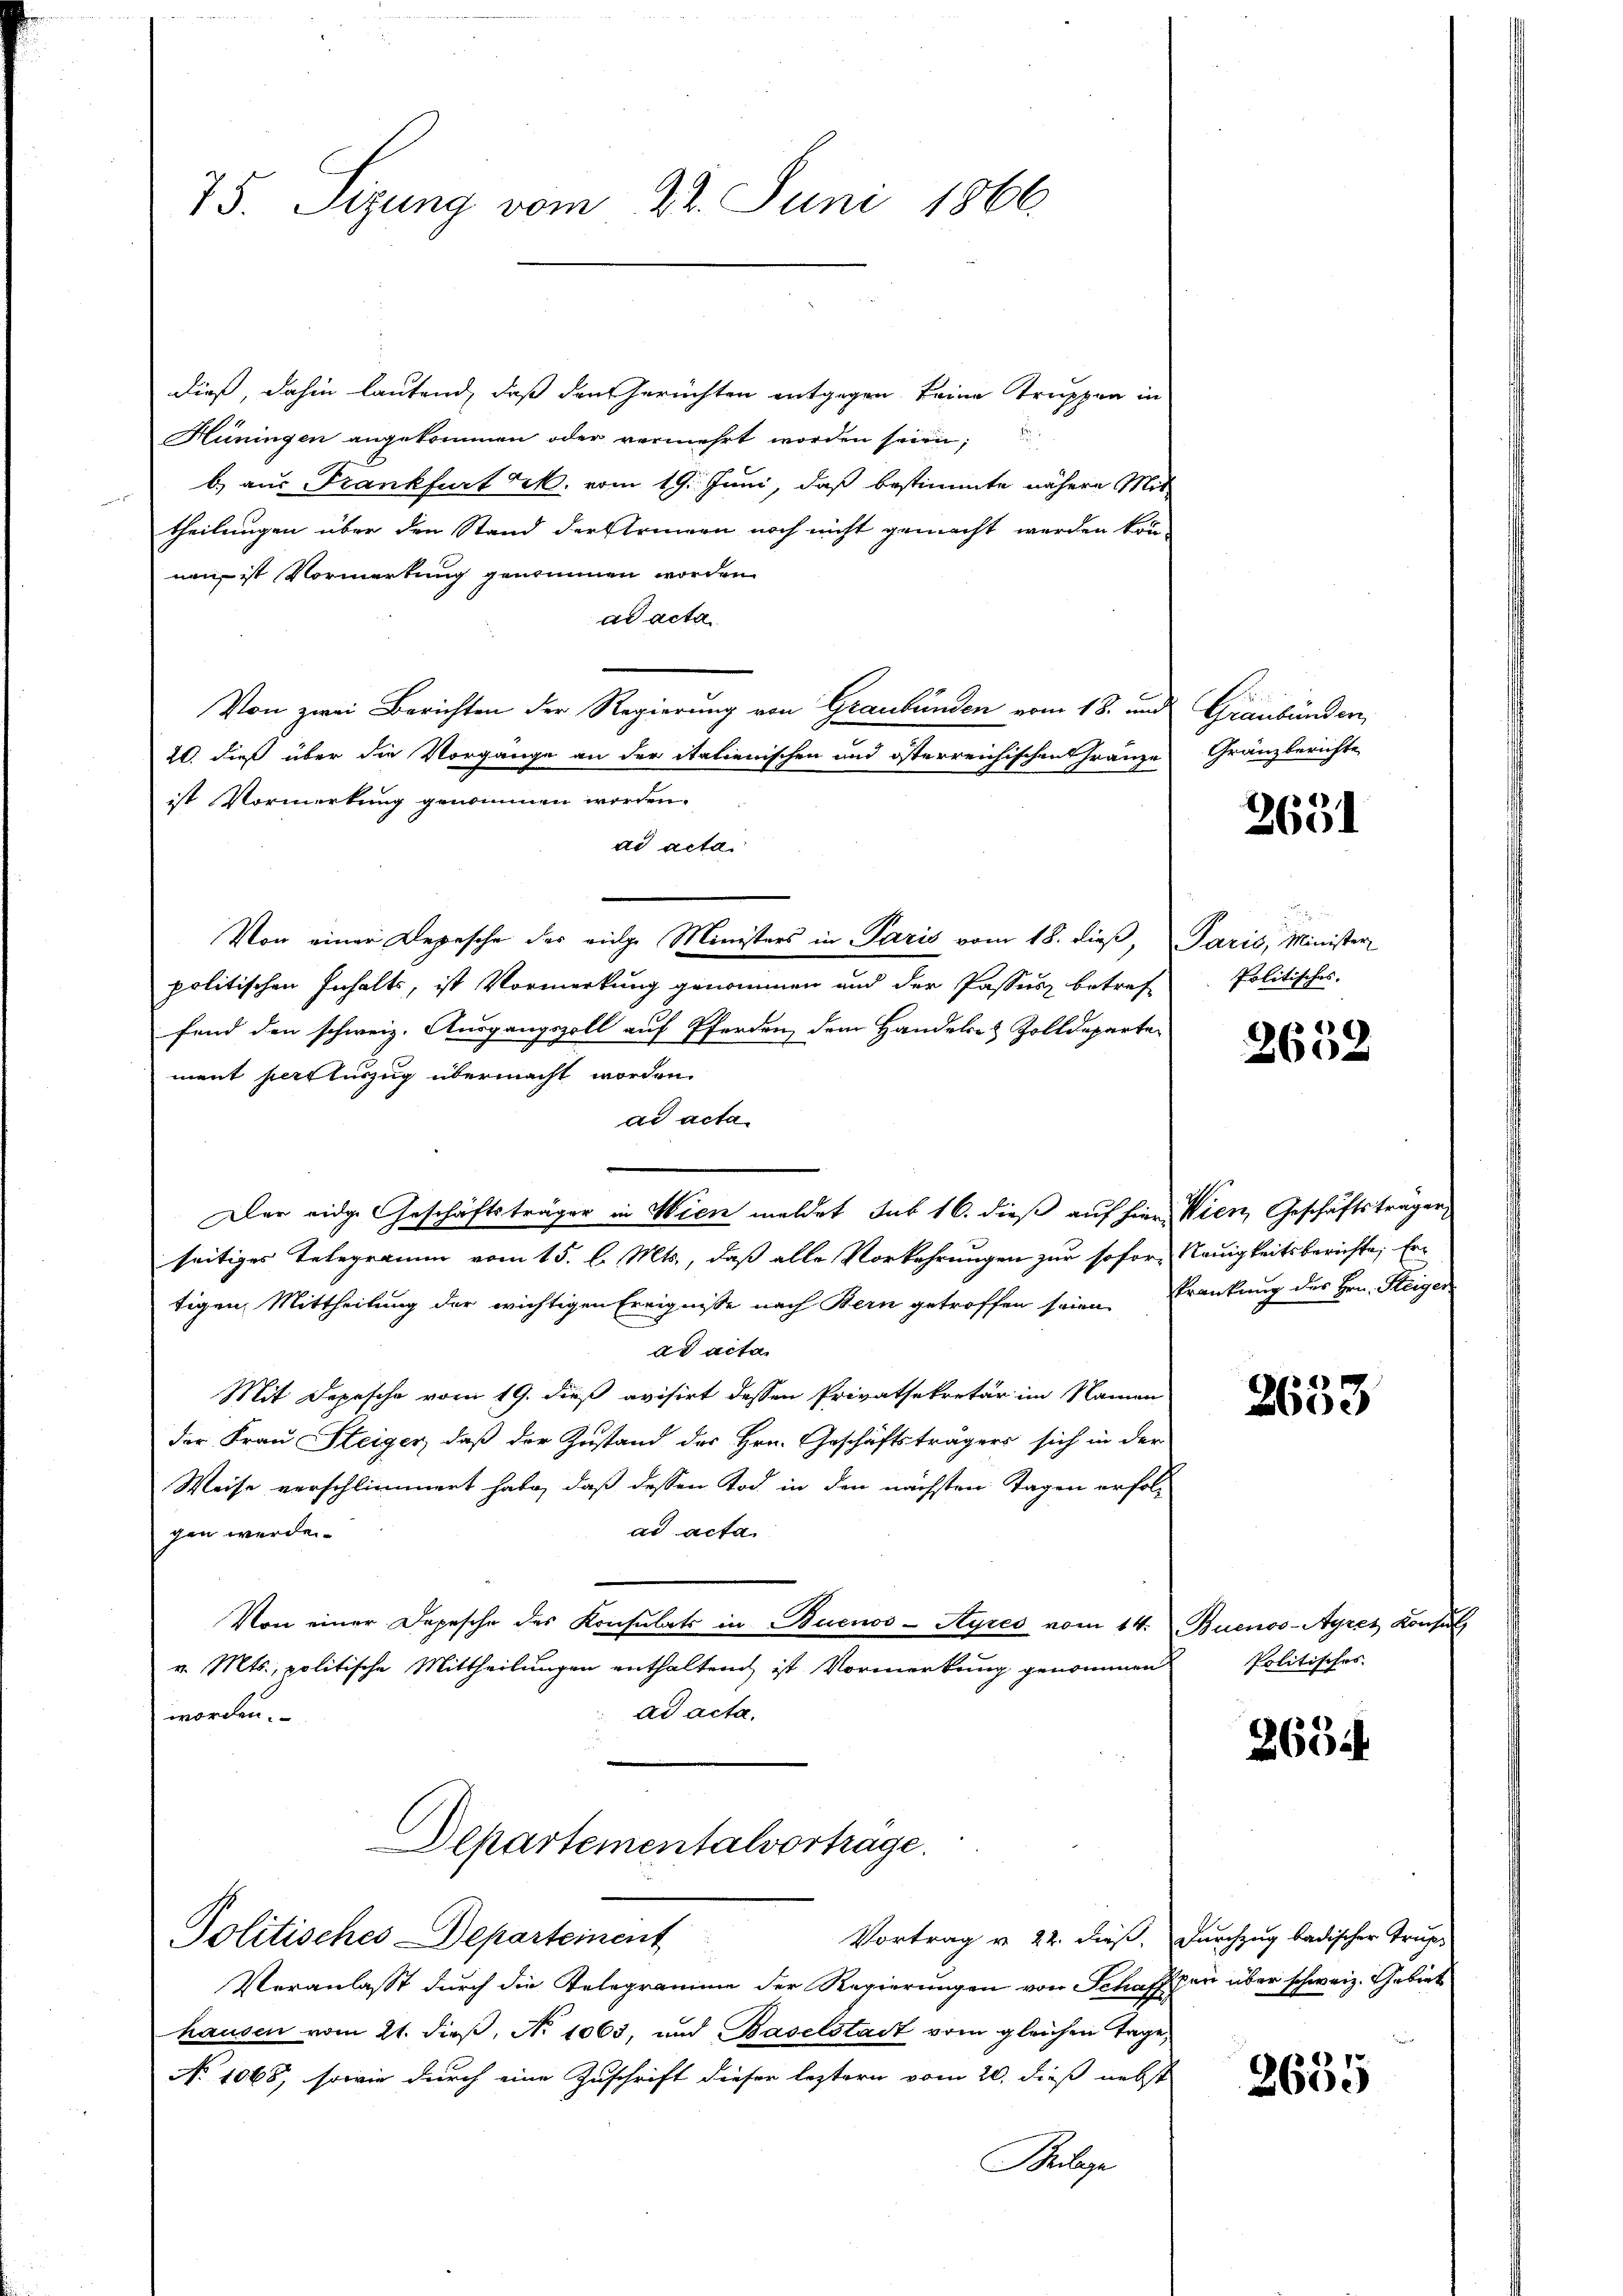
75. Sizung vom 22. Juni 1866

dieß, dahin lautend, daß den Gerichten entgegen keine Truppen in
Hüningen angekommen oder vermehrt worden seien;
b.) aus Frankfurt M. vom 19. Juni, daß bestimmte nähere Mit
theilungen über den Stand der Strinen noch nicht gemacht werden könn
nen ist Vormerkung genommen worden.
ad acta
Von zwei Berichten der Regierung von Graubünden vom 18. und Graubünden,
20. dieß über die Vorgange an der italienischen und österreichischen Gränze Gränzberichte
ist Vormerkung genommen worden.
ad acta.
Von einer Depesche der eige Ministers in Paris vom 18. dieß, Paris, Minister
politischen Inhalts, ist Vormerkung genommen und der Passus betref-
fend den schweiz. Ausgangszoll auf Pferden, dem Handels- & Zolldeparte
ment persturzug übermacht worden.
ad acta
Der eidge Geschäftsträger in Wien meldet sub 16. dieß auf hier Wien, Geschäftsträger,
seitiges Telegramm vom 15. l. Mts., daß alle Vorkehrungen zur sofort Neuigkeitsberichte, Ertigen Mittheilung der wichtigen Ereignisse nach Bern getroffen seien. Frankung des Hrn. Steiger
ad acta.
Mit Depesche vom 19. dieß avisirt dessen Privatsekretär im Namen
der Frau Steiger, daß der Zustand des Hrn. Geschäftsträgers sich in der
Weise verschlimmert habe, daß dessen Tod in den nächsten Tagen erfolad acta.
gen werde
Von einer Depesche des Konsulats in Buenos-Ayres vom 14. Buenos-Ayres Konse
v. Mts., politische Mittheilungen enthaltend ist Vormerkŭng genommen Politisches
ad acta.
worden.

Departementalvortrage.
Politisches Departement

Vortrag v. 22. dieß. Durchzug badischer Trup-
Veranlasst durch die Relegramme der Regierungen von Schafften über schweiz. Gebiet
hausen vom 21. dieß, No 1063, und Baselstadt vom gleichen Tage,
No 1068, sowie durch eine Zuschrift dieser leztern vom 20. dieß nebst
Beilage

2631

Politisches

2652

2653

2634

38)
260.